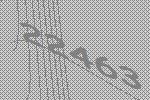
22463